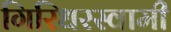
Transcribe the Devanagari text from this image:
गिरिधरस्वामी